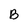
Character: B